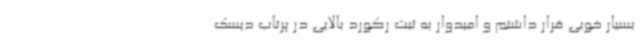
بسیار خوبی قرار داشتم و امیدوار به ثبت رکورد بالایی در پرتاب دیسک